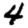
Digit: 4